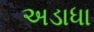
અડાધા